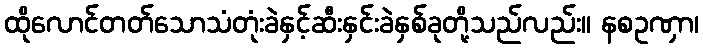
ထိုလောင်တတ်သောသံတုံးခဲနှင့်ဆီးနှင်းခဲနှစ်ခုတို့သည်လည်း။ နစဥဏှာ၊